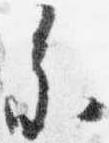
参